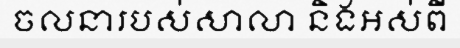
ចលនារបស់សាលា និងអស់ពី